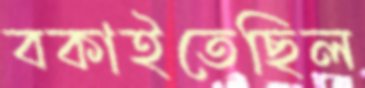
বকাইতেছিল